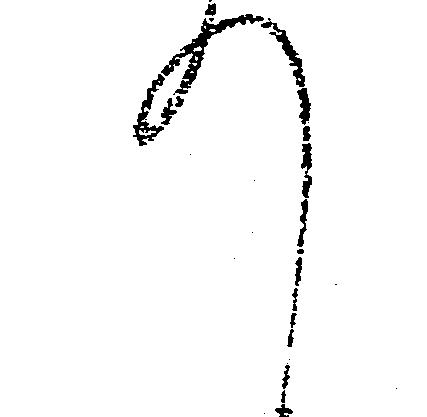
て